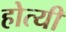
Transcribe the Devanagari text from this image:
होत्यी